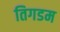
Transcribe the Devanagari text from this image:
तिगडम